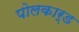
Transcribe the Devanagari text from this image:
पोलकार्ड